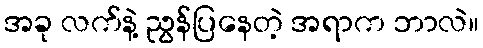
အခု လက်နဲ့ ညွန်ပြနေတဲ့ အရာက ဘာလဲ။